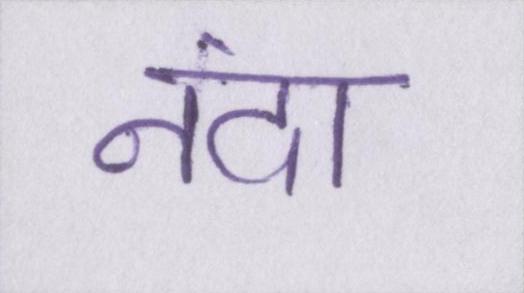
नंदा